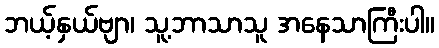
ဘယ့်နှယ်ဗျာ၊ သူ့ဘာသာသူ အနေသာကြီးပါ။